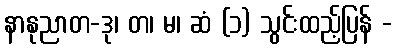
နာနုညာတ-ဒု၊ တ၊ မ၊ ဆံ (၁) သွင်းထည့်ပြန် -